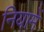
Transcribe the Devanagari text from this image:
नियामें